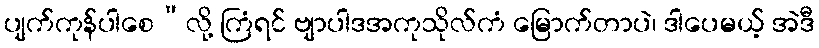
ပျက်ကုန်ပါစေ”လို့ ကြံရင် ဗျာပါဒအကုသိုလ်ကံ မြောက်တာပဲ၊ ဒါပေမယ့် အဲဒီ